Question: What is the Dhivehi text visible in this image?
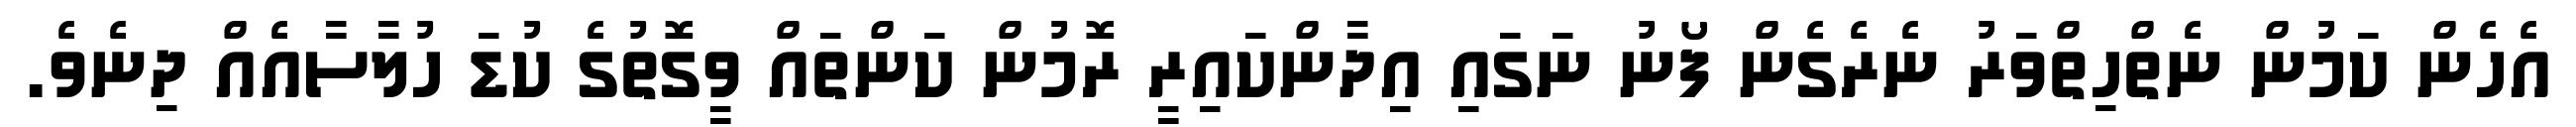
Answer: އެހެން ކަމުން ނެތްހިތްވަރު ނެރެގެން ފޯނު ނަގައި އިދާންކައިރީ ރޮމުން ކަންތައް ވީގޮތުގެ ކުޑަ ހުލާސާއެއް ދިނެވެ.